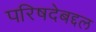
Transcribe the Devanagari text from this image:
परिषदेबद्दल